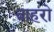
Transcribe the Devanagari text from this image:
बाहरो